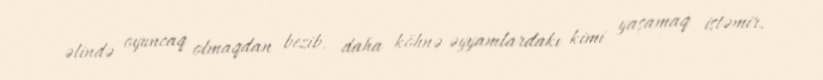
əlində oyuncaq olmaqdan bezib, daha köhnə əyyamlardakı kimi yaşamaq istəmir.